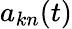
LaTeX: a_{kn}(t)